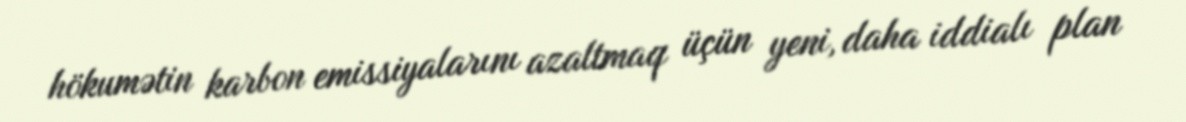
hökumətin karbon emissiyalarını azaltmaq üçün yeni, daha iddialı plan